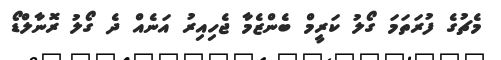
މެޗުގެ ފުރަތަމަ ގޯލު ކަރީމް ބެންޒެމާ ޖެހިއިރު އަނެއް ދެ ގޯލު ރޮނާލްޑޯ